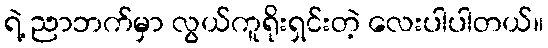
ရဲ့ ညာဘက်မှာ လွယ်ကူရိုးရှင်းတဲ့ လေးပါပါတယ်။